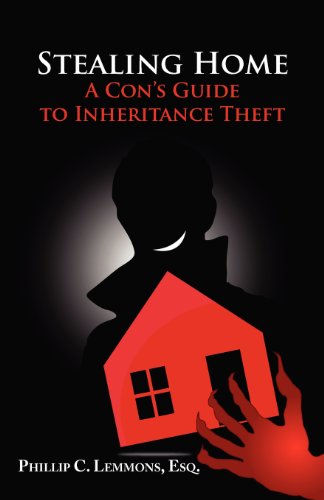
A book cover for Stealing Home - A Con's Guide to Inheritance Theft; Phillip C. Lemmons; Law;